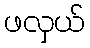
ဖလှယ်